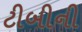
ટીબીની